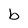
Character: b